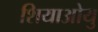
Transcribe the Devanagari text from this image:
शियाओयु